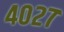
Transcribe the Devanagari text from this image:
४०२७